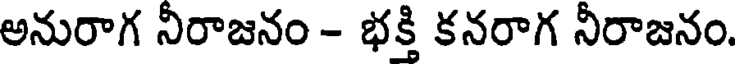
అనురాగ నీరాజనం - భక్తి కనరాగ నీరాజనం.